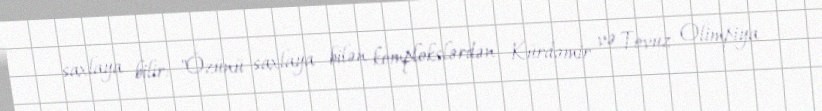
saxlaya bilir: "Özünü saxlaya bilən komplekslərdən Kürdəmir və Tovuz Olimpiya